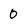
Character: 0